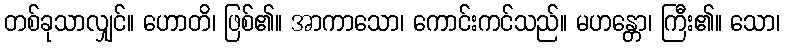
တစ်ခုသာလျှင်။ ဟောတိ၊ ဖြစ်၏။ အာကာသော၊ ကောင်းကင်သည်။ မဟန္တော၊ ကြီး၏။ သော၊